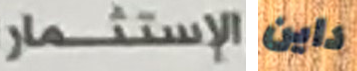
الإستثمار داين